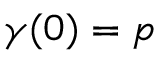
\gamma ( 0 ) = p